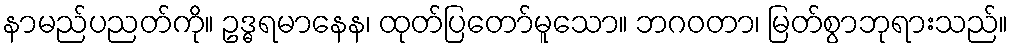
နာမည်ပညတ်ကို။ ဥဒ္ဓရမာနေန၊ ထုတ်ပြတော်မူသော။ ဘဂဝတာ၊ မြတ်စွာဘုရားသည်။